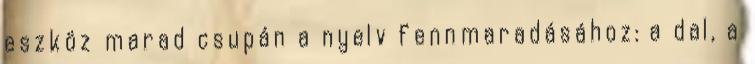
eszköz marad csupán a nyelv fennmaradásához: a dal, a